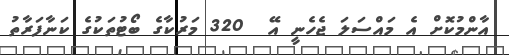
އާންމުކޮށް އެ މައްސަލަ ޖެހެނީ އޭ  320 މަރުކާގެ ބޯޓުތަކުގެ ކަނާފަރާތު